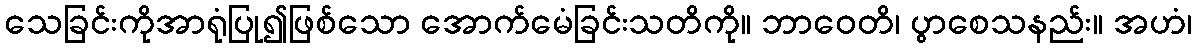
သေခြင်းကိုအာရုံပြု၍ဖြစ်သော အောက်မေံခြင်းသတိကို။ ဘာဝေတိ၊ ပွာစေသနည်း။ အဟံ၊